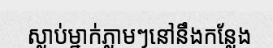
ស្លាប់ម្នាក់ភ្លាមៗនៅនឹងកន្លែង